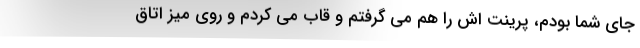
جای شما بودم، پرینت اش را هم می گرفتم و قاب می کردم و روی میز اتاق